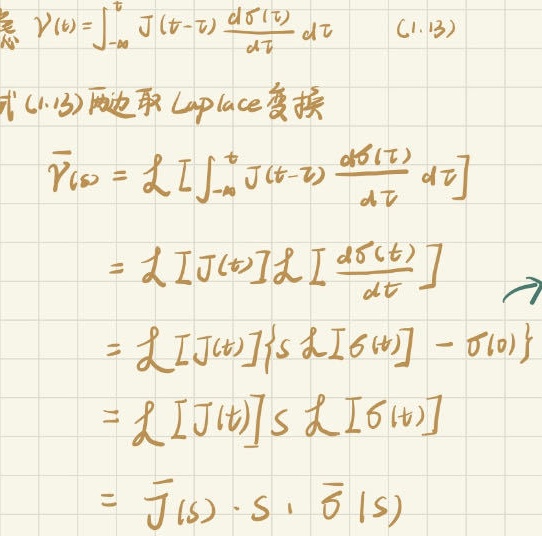
\[
\begin{align*}
&\gamma(t)=\int_{-\infty}^{t}J(t - \tau)\frac{d\sigma(\tau)}{d\tau}d\tau\quad(1.13)\\
&\text{式(1.13)两边取Laplace变换}\\
&\overline{\gamma}(s)=\mathcal{L}\left[\int_{-\infty}^{t}J(t - \tau)\frac{d\sigma(\tau)}{d\tau}d\tau\right]\\
&=\mathcal{L}[J(t)]\mathcal{L}\left[\frac{d\sigma(t)}{dt}\right]\\
&=\mathcal{L}[J(t)]\{s\mathcal{L}[\sigma(t)]-\sigma(0)\}\\
&=\mathcal{L}[J(t)]s\mathcal{L}[\sigma(t)]\\
&=\overline{J}(s)\cdot s\cdot\overline{\sigma}(s)
\end{align*}
\]